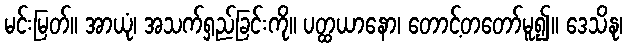
မင်းမြတ်။ အာယုံ၊ အသက်ရှည်ခြင်းကို။ ပတ္ထယာနော၊ တောင့်တတော်မူ၍။ ဒေသိနု၊